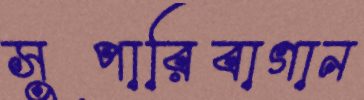
সুপারিবাগান